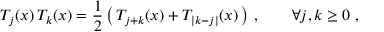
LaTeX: T _ { j } ( x ) \, T _ { k } ( x ) = { \frac { 1 } { 2 } } \left( \, T _ { j + k } ( x ) + T _ { | k - j | } ( x ) \, \right) \, , \qquad \forall j , k \geq 0 ~ ,